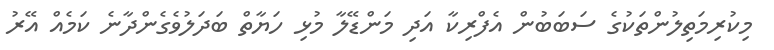
މިކުރިމަތިލުންތަކުގެ ސަބަބުން އެފްރިކާ އަދި މަންޑޭލާ މުޅި ހަޔާތް ބަދަލުވެގެންދާނެ ކަމެއް އޭރު